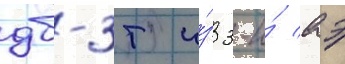
дб-3т и́з 3-и́ аэ